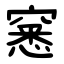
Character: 窸